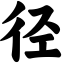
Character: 径